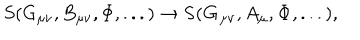
LaTeX: S ( G _ { \mu \nu } , B _ { \mu \nu } , \Phi , . . . ) \to { \bf S } ( { \bf G _ { \mu \nu } } , A _ { \mu } , { \bf { \Phi } } , . . . ) ,